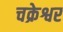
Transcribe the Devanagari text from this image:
चक्रेश्वर